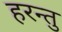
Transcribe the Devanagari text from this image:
हरन्तु